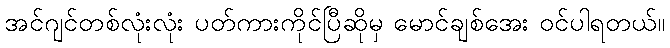
အင်ဂျင်တစ်လုံးလုံး ပတ်ကားကိုင်ပြီဆိုမှ မောင်ချစ်အေး ဝင်ပါရတယ်။